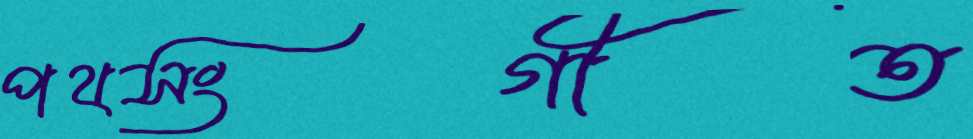
পথসংগীত